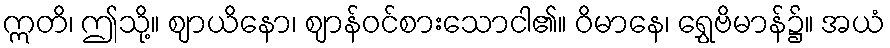
ဣတိ၊ ဤသို့။ ဈာယိနော၊ ဈာန်ဝင်စားသောငါ၏။ ဝိမာနေ၊ ရွှေဗိမာန်၌။ အယံ